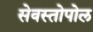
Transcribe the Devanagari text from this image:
सेवस्तोपोल